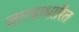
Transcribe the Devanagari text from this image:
जात्याधारित